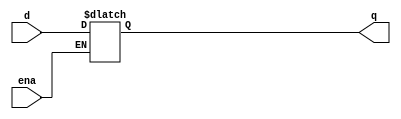
//
//
// https://hdlbits.01xz.net/wiki/Exams/m2014_q4a
//
//

`default_nettype none

module top_module (
    input           d, 
    input           ena,
    output  reg     q
);

    always @(*) begin
        //
        // This latch is intended
        //
        if (ena)
            q = d;
    end

endmodule